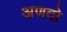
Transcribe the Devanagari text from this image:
अणदो